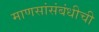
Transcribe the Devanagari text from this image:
माणसांसंबंधीची